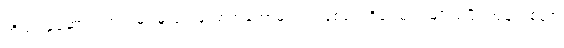
ကိုယ်ဝန်ဆောင်ကာလမှာ မူးဝေ အော့အန်တာမျိုးက ဖြစ်လေ့ရှိပေမဲ့ အမျိုးသမီး အများစုဟာ